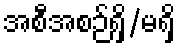
အစီအစဉ်ရှိ/မရှိ